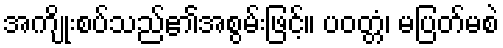
အကျိုးစပ်သည်၏အစွမ်းဖြင့်။ ပဝတ္တံ၊ မပြတ်မစဲ